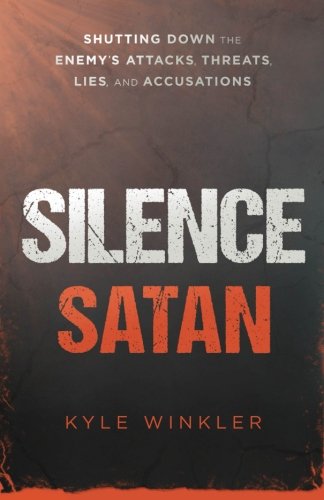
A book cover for Silence Satan: Shutting Down the Enemy's Attacks, Threats, Lies, and Accusations; Kyle Winkler; Christian Books & Bibles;